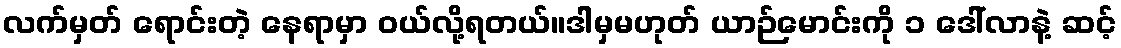
လက်မှတ် ရောင်းတဲ့ နေရာမှာ ဝယ်လို့ရတယ်။ဒါမှမဟုတ် ယာဉ်မောင်းကို ၁ ဒေါ်လာနဲ့ ဆင့်